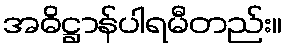
အဓိဋ္ဌာန်ပါရမီတည်း။